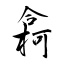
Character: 樖